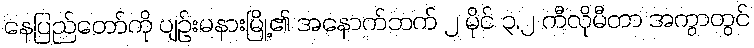
နေပြည်တော်ကို ပျဉ်းမနားမြို့၏ အနောက်ဘက် ၂ မိုင် ၃.၂ ကီလိုမီတာ အကွာတွင်